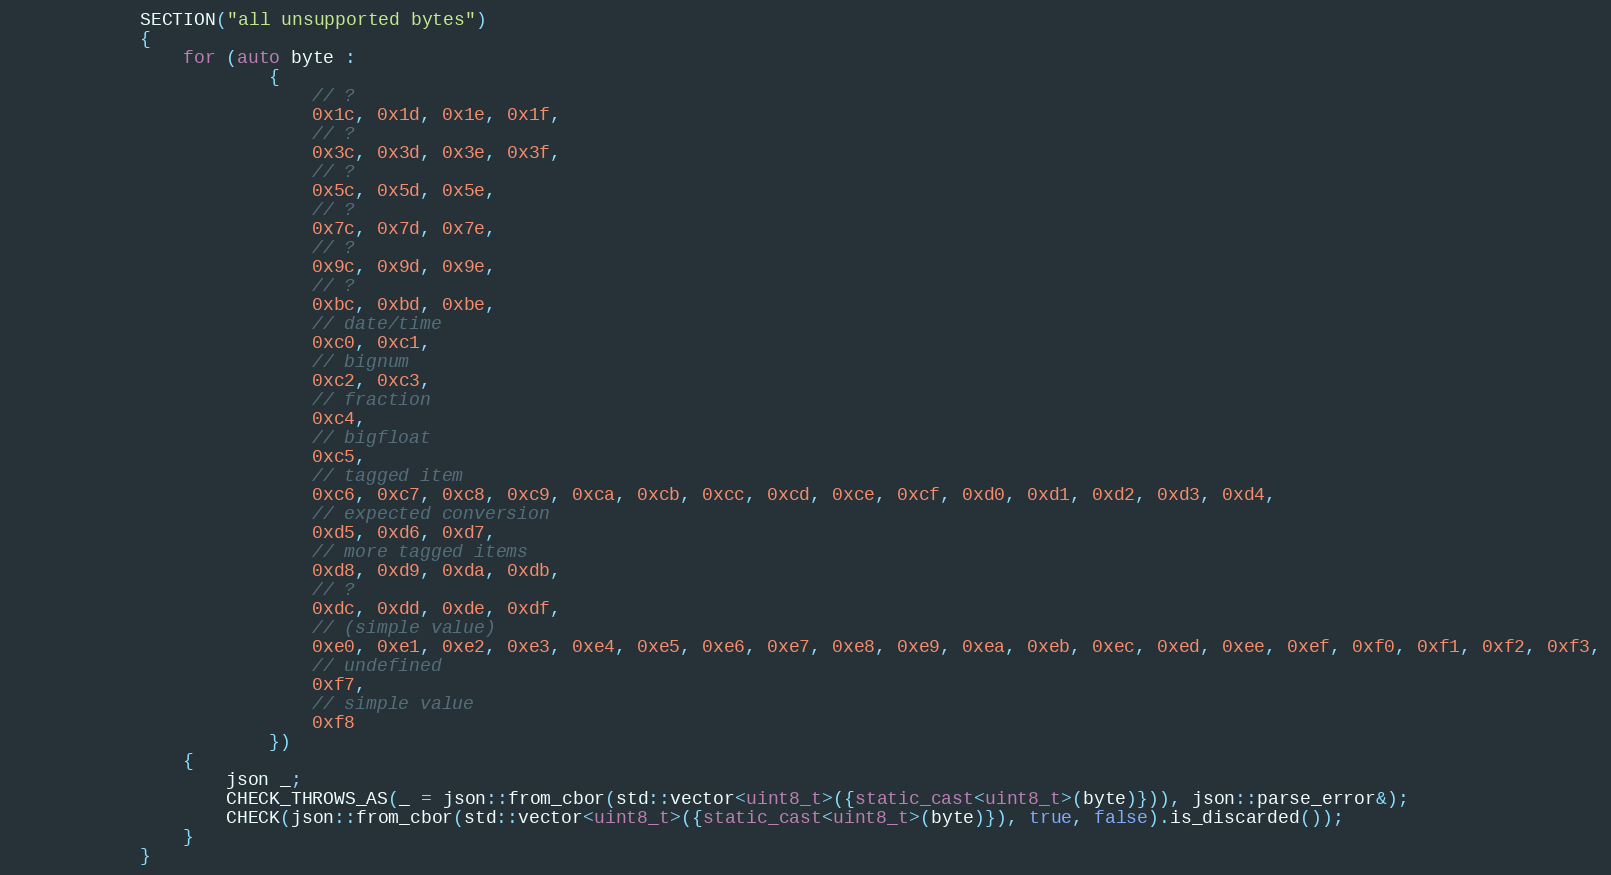
Language: C++
            SECTION("all unsupported bytes")
            {
                for (auto byte :
                        {
                            // ?
                            0x1c, 0x1d, 0x1e, 0x1f,
                            // ?
                            0x3c, 0x3d, 0x3e, 0x3f,
                            // ?
                            0x5c, 0x5d, 0x5e,
                            // ?
                            0x7c, 0x7d, 0x7e,
                            // ?
                            0x9c, 0x9d, 0x9e,
                            // ?
                            0xbc, 0xbd, 0xbe,
                            // date/time
                            0xc0, 0xc1,
                            // bignum
                            0xc2, 0xc3,
                            // fraction
                            0xc4,
                            // bigfloat
                            0xc5,
                            // tagged item
                            0xc6, 0xc7, 0xc8, 0xc9, 0xca, 0xcb, 0xcc, 0xcd, 0xce, 0xcf, 0xd0, 0xd1, 0xd2, 0xd3, 0xd4,
                            // expected conversion
                            0xd5, 0xd6, 0xd7,
                            // more tagged items
                            0xd8, 0xd9, 0xda, 0xdb,
                            // ?
                            0xdc, 0xdd, 0xde, 0xdf,
                            // (simple value)
                            0xe0, 0xe1, 0xe2, 0xe3, 0xe4, 0xe5, 0xe6, 0xe7, 0xe8, 0xe9, 0xea, 0xeb, 0xec, 0xed, 0xee, 0xef, 0xf0, 0xf1, 0xf2, 0xf3,
                            // undefined
                            0xf7,
                            // simple value
                            0xf8
                        })
                {
                    json _;
                    CHECK_THROWS_AS(_ = json::from_cbor(std::vector<uint8_t>({static_cast<uint8_t>(byte)})), json::parse_error&);
                    CHECK(json::from_cbor(std::vector<uint8_t>({static_cast<uint8_t>(byte)}), true, false).is_discarded());
                }
            }